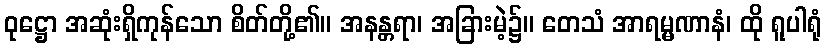
ဝုဋ္ဌော အဆုံးရှိကုန်သော စိတ်တို့၏။ အနန္တရာ၊ အခြားမဲ့၌။ တေသံ အာရမ္မဏာနံ၊ ထို ရူပါရုံ